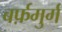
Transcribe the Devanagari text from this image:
बर्फ़मुर्ग